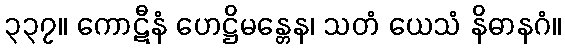
၃၃၇။ ကောဋီနံ ဟေဋ္ဌိမန္တေန၊ သတံ ယေသံ နိဓာနဂံ။